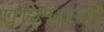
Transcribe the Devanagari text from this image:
परिभागी